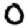
Digit: 0